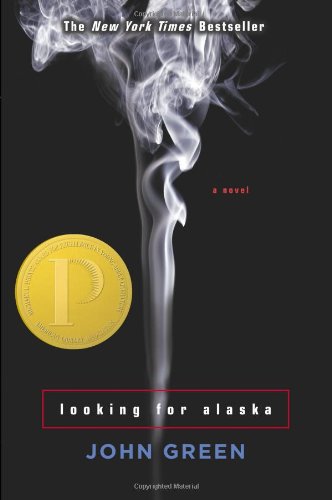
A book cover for Looking for Alaska; John Green; Romance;